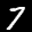
Label: 7